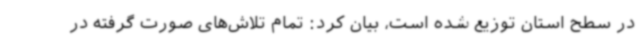
در سطح استان توزیع شده است، بیان کرد: تمام تلاش‌های صورت گرفته در